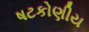
ષટકોણીય